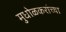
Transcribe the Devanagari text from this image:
मुधोळकरांच्या